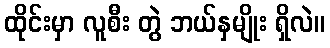
ထိုင်းမှာ လူစီး တွဲ ဘယ်နှမျိုး ရှိလဲ။